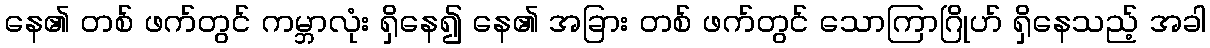
နေ၏ တစ် ဖက်တွင် ကမ္ဘာလုံး ရှိနေ၍ နေ၏ အခြား တစ် ဖက်တွင် သောကြာဂြိုဟ် ရှိနေသည့် အခါ